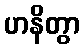
ဟနိတွာ